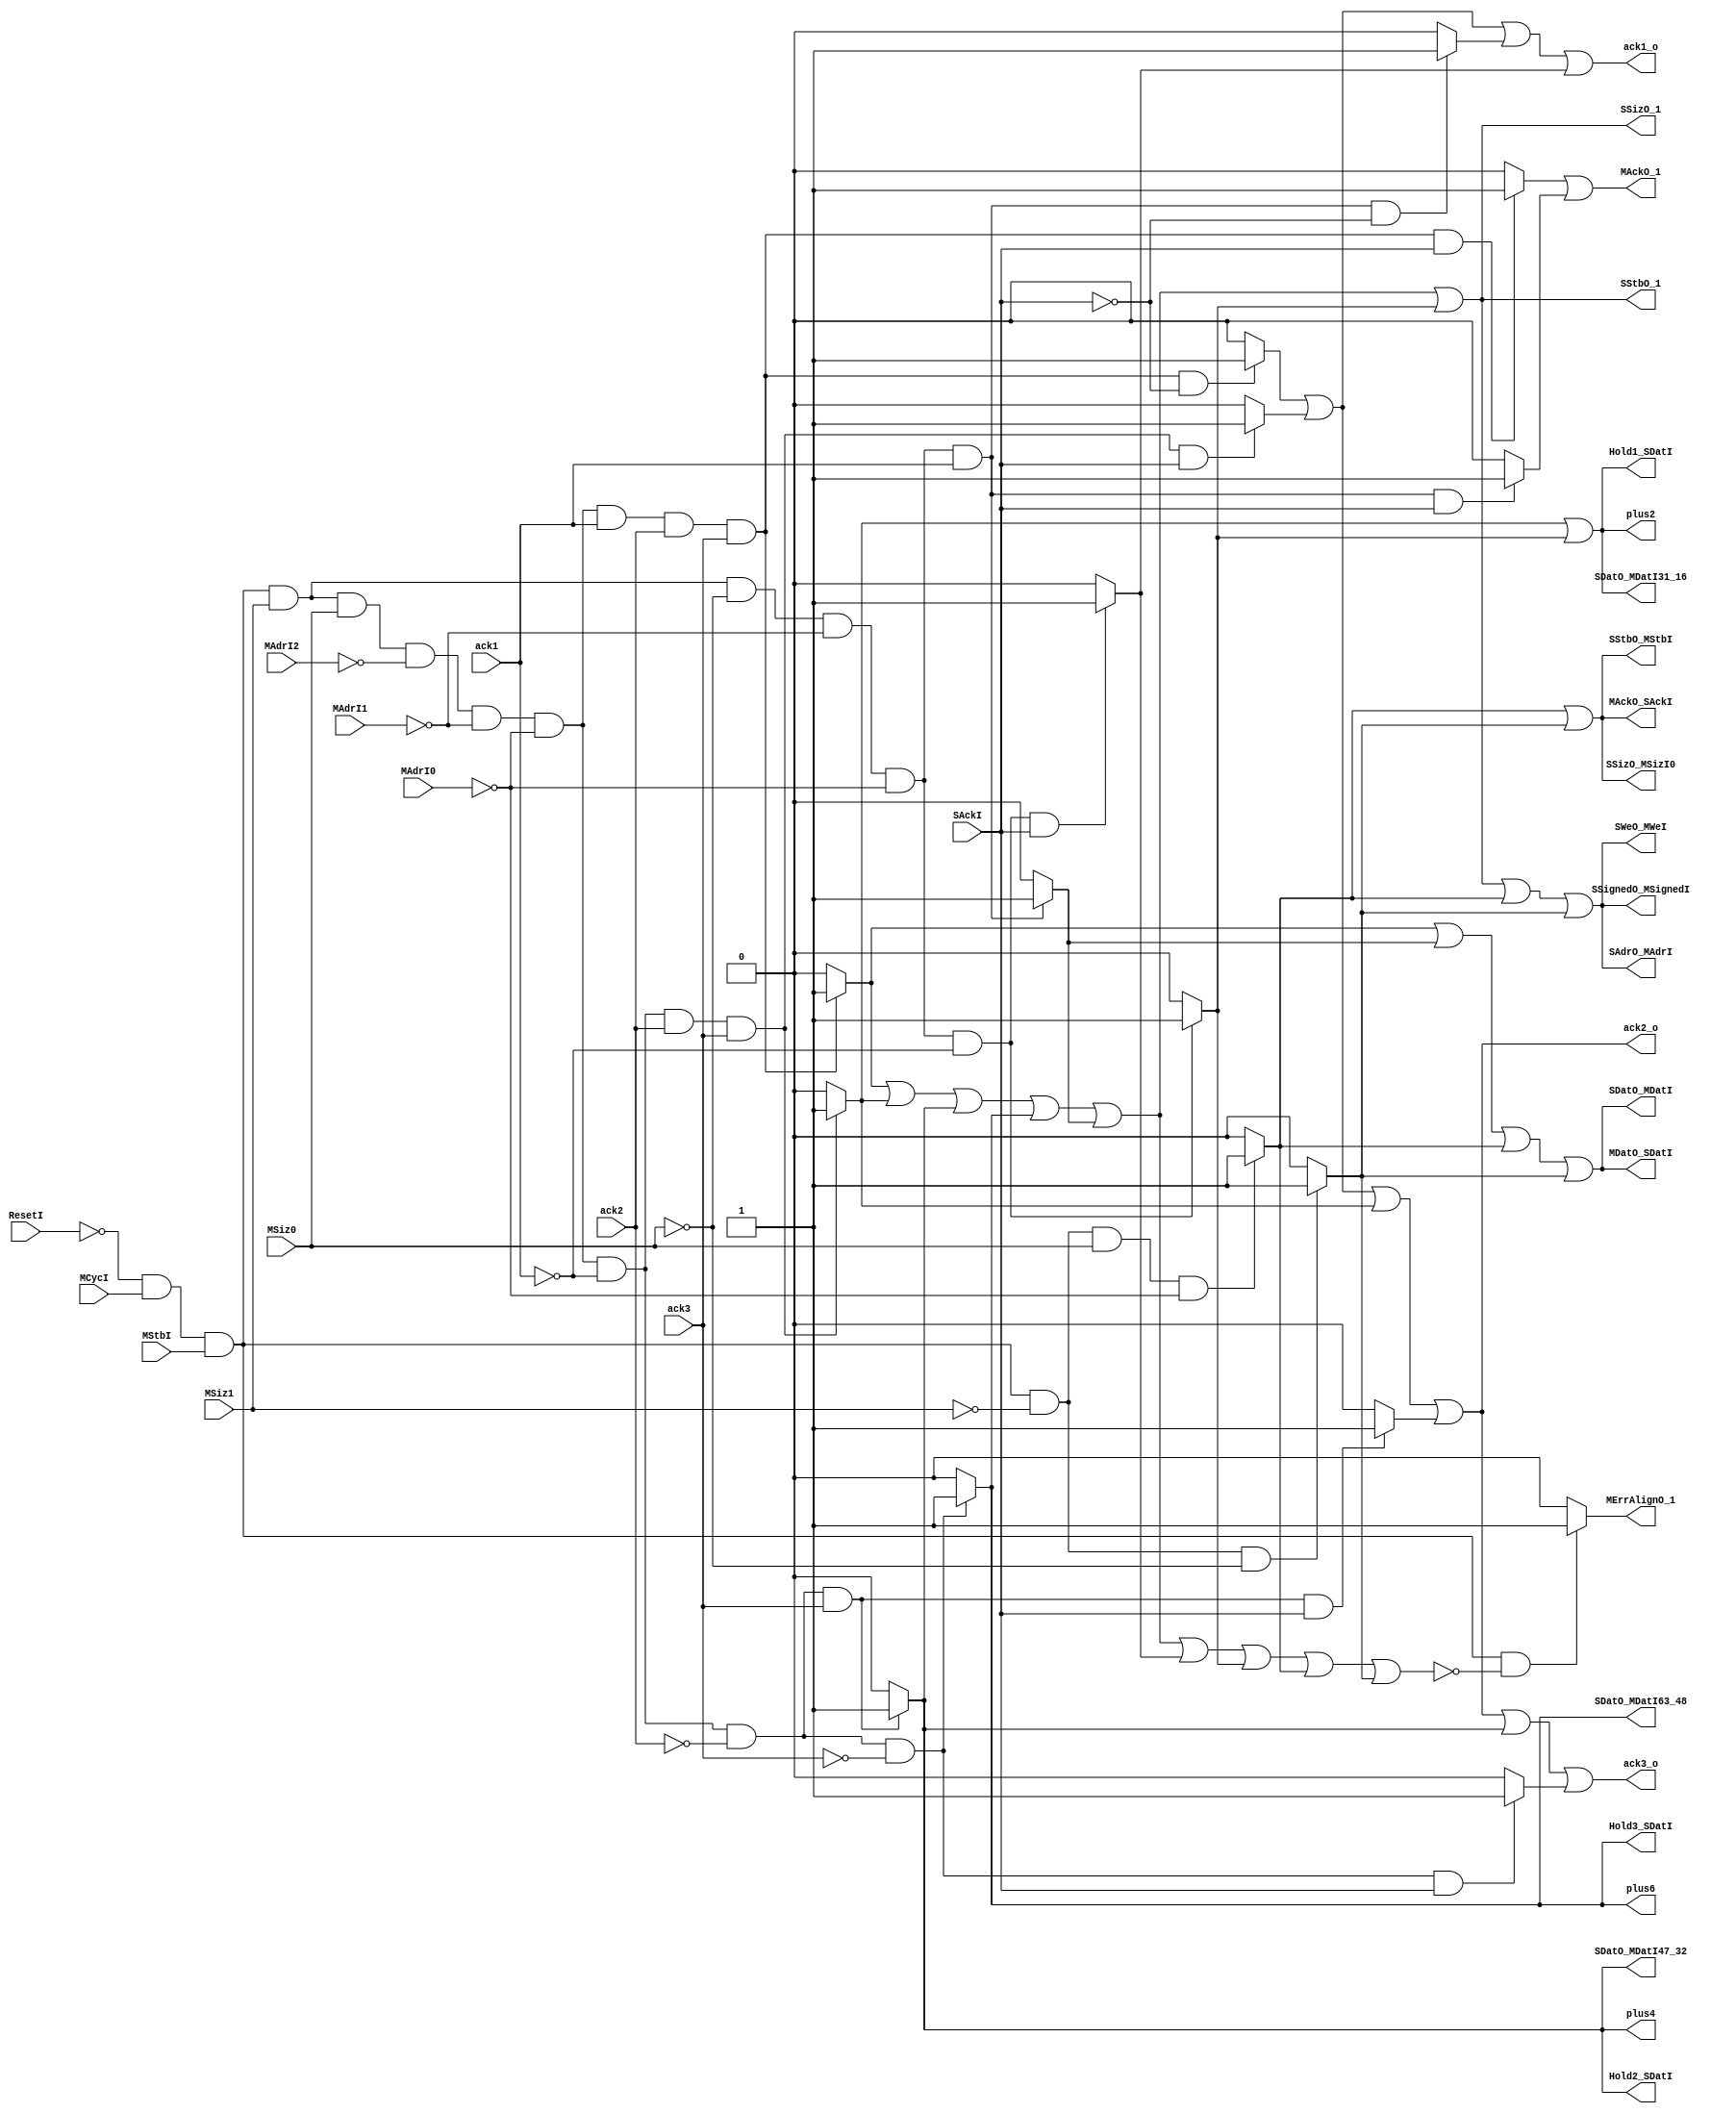
// DO NOT EDIT
// This file is automatically generated!
// $ smg.shen rtl/SMG/seq.smg
//
// https://github.com/sam-falvo/smg

module BottleneckSequencer(
	input 	SAckI,
	input 	ack3,
	input 	ack2,
	input 	ack1,
	input 	MAdrI2,
	input 	MAdrI1,
	input 	MAdrI0,
	input 	MSiz0,
	input 	MSiz1,
	input 	MStbI,
	input 	MCycI,
	input 	ResetI,
	output 	SWeO_MWeI,
	output 	SStbO_MStbI,
	output 	SStbO_1,
	output 	SSizO_MSizI0,
	output 	SSizO_1,
	output 	SSignedO_MSignedI,
	output 	SDatO_MDatI63_48,
	output 	SDatO_MDatI47_32,
	output 	SDatO_MDatI31_16,
	output 	SDatO_MDatI,
	output 	plus6,
	output 	plus4,
	output 	plus2,
	output 	SAdrO_MAdrI,
	output 	MErrAlignO_1,
	output 	MDatO_SDatI,
	output 	MAckO_SAckI,
	output 	MAckO_1,
	output 	Hold3_SDatI,
	output 	Hold2_SDatI,
	output 	Hold1_SDatI,
	output 	ack3_o,
	output 	ack2_o,
	output 	ack1_o
);
wire  aligned;
wire R1391 = ~(|ResetI) & (|MCycI) & (|MStbI) & ~(|aligned) ; 
wire R1392 = ~(|ResetI) & (|MCycI) & (|MStbI) & ~(|MSiz1) & ~(|MSiz0) ; 
wire R1393 = ~(|ResetI) & (|MCycI) & (|MStbI) & ~(|MSiz1) & (|MSiz0) & ~(|MAdrI0) ; 
wire R1394 = ~(|ResetI) & (|MCycI) & (|MStbI) & (|MSiz1) & ~(|MSiz0) & ~(|MAdrI1) & ~(|MAdrI0) & ~(|ack1) ; 
wire R1395 = ~(|ResetI) & (|MCycI) & (|MStbI) & (|MSiz1) & ~(|MSiz0) & ~(|MAdrI1) & ~(|MAdrI0) & ~(|ack1) & (|SAckI) ; 
wire R1396 = ~(|ResetI) & (|MCycI) & (|MStbI) & (|MSiz1) & ~(|MSiz0) & ~(|MAdrI1) & ~(|MAdrI0) & (|ack1) ; 
wire R1397 = ~(|ResetI) & (|MCycI) & (|MStbI) & (|MSiz1) & ~(|MSiz0) & ~(|MAdrI1) & ~(|MAdrI0) & (|ack1) & ~(|SAckI) ; 
wire R1398 = ~(|ResetI) & (|MCycI) & (|MStbI) & (|MSiz1) & ~(|MSiz0) & ~(|MAdrI1) & ~(|MAdrI0) & (|ack1) & (|SAckI) ; 
wire R1399 = ~(|ResetI) & (|MCycI) & (|MStbI) & (|MSiz1) & (|MSiz0) & ~(|MAdrI2) & ~(|MAdrI1) & ~(|MAdrI0) & ~(|ack1) & ~(|ack2) & ~(|ack3) ; 
wire R1400 = ~(|ResetI) & (|MCycI) & (|MStbI) & (|MSiz1) & (|MSiz0) & ~(|MAdrI2) & ~(|MAdrI1) & ~(|MAdrI0) & ~(|ack1) & ~(|ack2) & ~(|ack3) & (|SAckI) ; 
wire R1401 = ~(|ResetI) & (|MCycI) & (|MStbI) & (|MSiz1) & (|MSiz0) & ~(|MAdrI2) & ~(|MAdrI1) & ~(|MAdrI0) & ~(|ack1) & ~(|ack2) & (|ack3) ; 
wire R1402 = ~(|ResetI) & (|MCycI) & (|MStbI) & (|MSiz1) & (|MSiz0) & ~(|MAdrI2) & ~(|MAdrI1) & ~(|MAdrI0) & ~(|ack1) & ~(|ack2) & (|ack3) & (|SAckI) ; 
wire R1403 = ~(|ResetI) & (|MCycI) & (|MStbI) & (|MSiz1) & (|MSiz0) & ~(|MAdrI2) & ~(|MAdrI1) & ~(|MAdrI0) & ~(|ack1) & (|ack2) & (|ack3) ; 
wire R1404 = ~(|ResetI) & (|MCycI) & (|MStbI) & (|MSiz1) & (|MSiz0) & ~(|MAdrI2) & ~(|MAdrI1) & ~(|MAdrI0) & ~(|ack1) & (|ack2) & (|ack3) & (|SAckI) ; 
wire R1405 = ~(|ResetI) & (|MCycI) & (|MStbI) & (|MSiz1) & (|MSiz0) & ~(|MAdrI2) & ~(|MAdrI1) & ~(|MAdrI0) & (|ack1) & (|ack2) & (|ack3) ; 
wire R1406 = ~(|ResetI) & (|MCycI) & (|MStbI) & (|MSiz1) & (|MSiz0) & ~(|MAdrI2) & ~(|MAdrI1) & ~(|MAdrI0) & (|ack1) & (|ack2) & (|ack3) & ~(|SAckI) ; 
wire R1407 = ~(|ResetI) & (|MCycI) & (|MStbI) & (|MSiz1) & (|MSiz0) & ~(|MAdrI2) & ~(|MAdrI1) & ~(|MAdrI0) & (|ack1) & (|ack2) & (|ack3) & (|SAckI) ; 
wire  out1408 = R1391 ? 1 : 0 ; 
wire  out1409 = R1392 ? 1 : 0 ; 
wire  out1410 = R1392 ? 1 : 0 ; 
wire  out1411 = R1392 ? 1 : 0 ; 
wire  out1412 = R1392 ? 1 : 0 ; 
wire  out1413 = R1392 ? 1 : 0 ; 
wire  out1414 = R1392 ? 1 : 0 ; 
wire  out1415 = R1392 ? 1 : 0 ; 
wire  out1416 = R1392 ? 1 : 0 ; 
wire  out1417 = R1392 ? 1 : 0 ; 
wire  out1418 = R1393 ? 1 : 0 ; 
wire  out1419 = R1393 ? 1 : 0 ; 
wire  out1420 = R1393 ? 1 : 0 ; 
wire  out1421 = R1393 ? 1 : 0 ; 
wire  out1422 = R1393 ? 1 : 0 ; 
wire  out1423 = R1393 ? 1 : 0 ; 
wire  out1424 = R1393 ? 1 : 0 ; 
wire  out1425 = R1393 ? 1 : 0 ; 
wire  out1426 = R1393 ? 1 : 0 ; 
wire  out1427 = R1394 ? 1 : 0 ; 
wire  out1428 = R1394 ? 1 : 0 ; 
wire  out1429 = R1394 ? 1 : 0 ; 
wire  out1430 = R1394 ? 1 : 0 ; 
wire  out1431 = R1394 ? 1 : 0 ; 
wire  out1432 = R1394 ? 1 : 0 ; 
wire  out1433 = R1394 ? 1 : 0 ; 
wire  out1434 = R1394 ? 1 : 0 ; 
wire  out1435 = R1394 ? 1 : 0 ; 
wire  out1436 = R1395 ? 1 : 0 ; 
wire  out1437 = R1395 ? 1 : 0 ; 
wire  out1438 = R1396 ? 1 : 0 ; 
wire  out1439 = R1396 ? 1 : 0 ; 
wire  out1440 = R1396 ? 1 : 0 ; 
wire  out1441 = R1396 ? 1 : 0 ; 
wire  out1442 = R1396 ? 1 : 0 ; 
wire  out1443 = R1396 ? 1 : 0 ; 
wire  out1444 = R1396 ? 1 : 0 ; 
wire  out1445 = R1396 ? 1 : 0 ; 
wire  out1446 = R1397 ? 1 : 0 ; 
wire  out1447 = R1398 ? 1 : 0 ; 
wire  out1448 = R1399 ? 1 : 0 ; 
wire  out1449 = R1399 ? 1 : 0 ; 
wire  out1450 = R1399 ? 1 : 0 ; 
wire  out1451 = R1399 ? 1 : 0 ; 
wire  out1452 = R1399 ? 1 : 0 ; 
wire  out1453 = R1399 ? 1 : 0 ; 
wire  out1454 = R1399 ? 1 : 0 ; 
wire  out1455 = R1399 ? 1 : 0 ; 
wire  out1456 = R1399 ? 1 : 0 ; 
wire  out1457 = R1400 ? 1 : 0 ; 
wire  out1458 = R1401 ? 1 : 0 ; 
wire  out1459 = R1401 ? 1 : 0 ; 
wire  out1460 = R1401 ? 1 : 0 ; 
wire  out1461 = R1401 ? 1 : 0 ; 
wire  out1462 = R1401 ? 1 : 0 ; 
wire  out1463 = R1401 ? 1 : 0 ; 
wire  out1464 = R1401 ? 1 : 0 ; 
wire  out1465 = R1401 ? 1 : 0 ; 
wire  out1466 = R1401 ? 1 : 0 ; 
wire  out1467 = R1401 ? 1 : 0 ; 
wire  out1468 = R1402 ? 1 : 0 ; 
wire  out1469 = R1402 ? 1 : 0 ; 
wire  out1470 = R1403 ? 1 : 0 ; 
wire  out1471 = R1403 ? 1 : 0 ; 
wire  out1472 = R1403 ? 1 : 0 ; 
wire  out1473 = R1403 ? 1 : 0 ; 
wire  out1474 = R1403 ? 1 : 0 ; 
wire  out1475 = R1403 ? 1 : 0 ; 
wire  out1476 = R1403 ? 1 : 0 ; 
wire  out1477 = R1403 ? 1 : 0 ; 
wire  out1478 = R1403 ? 1 : 0 ; 
wire  out1479 = R1403 ? 1 : 0 ; 
wire  out1480 = R1403 ? 1 : 0 ; 
wire  out1481 = R1404 ? 1 : 0 ; 
wire  out1482 = R1404 ? 1 : 0 ; 
wire  out1483 = R1404 ? 1 : 0 ; 
wire  out1484 = R1405 ? 1 : 0 ; 
wire  out1485 = R1405 ? 1 : 0 ; 
wire  out1486 = R1405 ? 1 : 0 ; 
wire  out1487 = R1405 ? 1 : 0 ; 
wire  out1488 = R1405 ? 1 : 0 ; 
wire  out1489 = R1405 ? 1 : 0 ; 
wire  out1490 = R1405 ? 1 : 0 ; 
wire  out1491 = R1405 ? 1 : 0 ; 
wire  out1492 = R1406 ? 1 : 0 ; 
wire  out1493 = R1406 ? 1 : 0 ; 
wire  out1494 = R1406 ? 1 : 0 ; 
wire  out1495 = R1407 ? 1 : 0 ; 
assign SStbO_MStbI = out1422|out1413;
assign plus2 = out1471|out1428;
assign SStbO_1 = out1488|out1475|out1463|out1453|out1442|out1432;
assign plus4 = out1459;
assign plus6 = out1449;
assign SSignedO_MSignedI = out1486|out1473|out1461|out1451|out1440|out1430|out1420|out1411;
assign SSizO_1 = out1487|out1474|out1462|out1452|out1441|out1431;
assign aligned = out1491|out1478|out1466|out1456|out1445|out1437|out1435|out1426|out1417;
assign MAckO_SAckI = out1424|out1415;
assign ack1_o = out1492|out1481|out1446|out1436;
assign ack2_o = out1493|out1482|out1479|out1468;
assign ack3_o = out1494|out1483|out1480|out1469|out1467|out1457;
assign SAdrO_MAdrI = out1484|out1470|out1458|out1448|out1438|out1427|out1418|out1409;
assign SDatO_MDatI31_16 = out1472|out1429;
assign SDatO_MDatI = out1485|out1439|out1419|out1410;
assign MDatO_SDatI = out1490|out1444|out1425|out1416;
assign MAckO_1 = out1495|out1447;
assign Hold1_SDatI = out1477|out1434;
assign SDatO_MDatI47_32 = out1460;
assign Hold2_SDatI = out1465;
assign Hold3_SDatI = out1455;
assign SSizO_MSizI0 = out1421|out1412;
assign SDatO_MDatI63_48 = out1450;
assign SWeO_MWeI = out1489|out1476|out1464|out1454|out1443|out1433|out1423|out1414;
assign MErrAlignO_1 = out1408;
endmodule